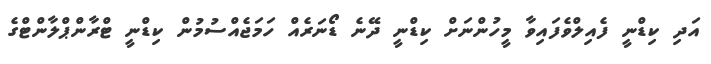
އަދި ކިޑްނީ ފެއިލްވެފައިވާ މީހުންނަށް ކިޑްނީ ދޭނެ ޑޯނަރެއް ހަމަޖެއްސުމުން ކިޑްނީ ޓްރާންޕްލާންޓްގެ